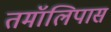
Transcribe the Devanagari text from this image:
तमॉलिपास